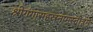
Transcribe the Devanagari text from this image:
श्रीगंगासहस्रनामस्तोत्रम्